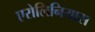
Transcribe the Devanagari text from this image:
एरोलिनियास